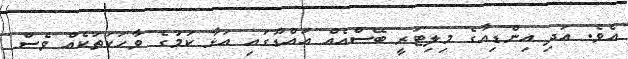
އެވެ. އަދި އިންޑިއާގެ މިލިޓަރީ ބޭސްއެއް އައްޑޫގައި އަޅާ ކަމުގެ ވާހަކަތަކެއް ވެސް